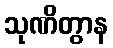
သုဏိတွာန